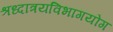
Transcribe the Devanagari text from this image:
श्रध्दात्रयविभागयोग